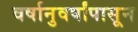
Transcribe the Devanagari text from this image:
वर्षानुवर्षांपासून